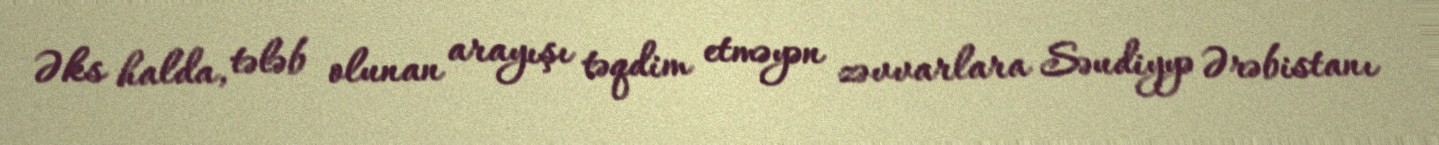
Əks halda, tələb olunan arayışı təqdim etməyən zəvvarlara Səudiyyə Ərəbistanı